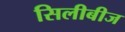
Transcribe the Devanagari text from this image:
सिलीबीज